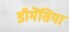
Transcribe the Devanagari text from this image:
डीमेंसिया